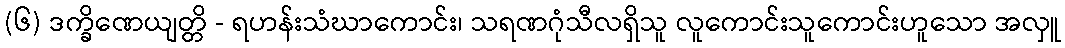
(၆) ဒက္ခိဏေယျတ္တိ - ရဟန်းသံဃာကောင်း၊ သရဏဂုံသီလရှိသူ လူကောင်းသူကောင်းဟူသော အလှူ